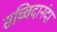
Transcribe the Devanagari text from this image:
सच्चिदानंदा